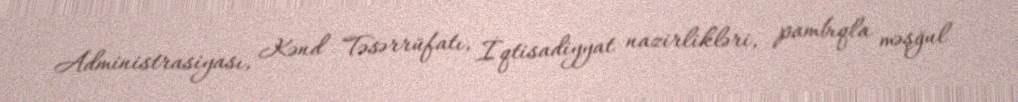
Administrasiyası, Kənd Təsərrüfatı, İqtisadiyyat nazirlikləri, pambıqla məşğul